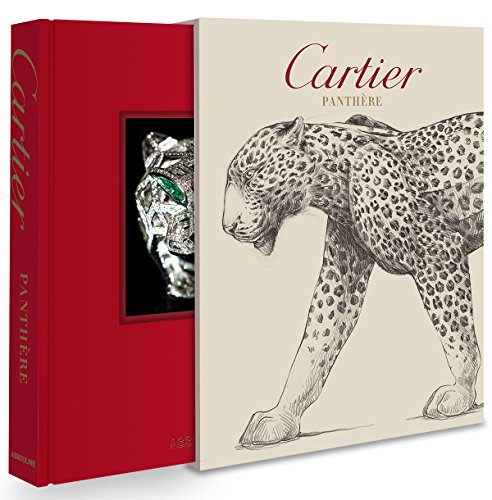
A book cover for Cartier Panthere; Vivienne Becker; Crafts, Hobbies & Home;